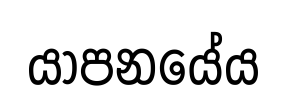
යාපනයේය